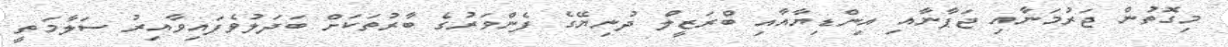
މިގޮތުން ޖަރުމަނާއި ޖަޕާނާއި އިންޑިޔާއާއި ބްރަޒީލް ދުނިޔޭގެ ފެންވަރުގެ ބާރުތަކަށް ބަދަލުވެފައިވާއިރު ސަލާމަތީ